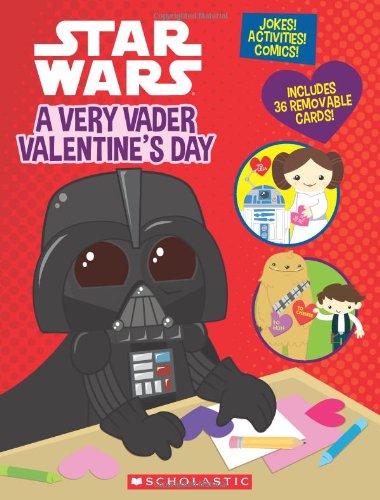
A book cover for Star Wars: A Very Vader Valentine's Day (Star Wars (Scholastic)); Trey King; Children's Books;